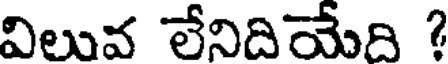
విలువ లేనిదియేది ?